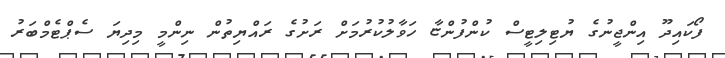
ފޯކައިދޫ އިންޖީނުގެ ޔުޓިލިޓީސް ކުންފުންޏާ ހަވާލުކުރުމަށް ރަށުގެ ރައްޔިތުން ނިންމީ މިދިޔަ ސެޕްޓެމްބަރު